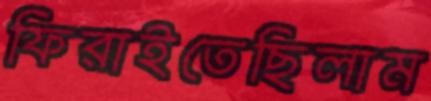
ফিরাইতেছিলাম